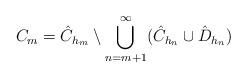
LaTeX: \begin{align*}C_m = \hat{C}_{h_m} \setminus \bigcup_{n=m+1}^{\infty} ( \hat{C}_{h_n} \cup \hat{D}_{h_n} ) \end{align*}